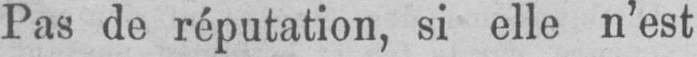
Pas de réputation, si elle n’est